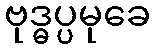
ဗုဒ္ဓပ္ပမုခေ